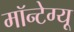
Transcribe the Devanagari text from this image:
मॉन्टेग्यू